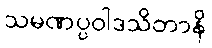
သမဏပ္ပဝါဒသိတာနိ